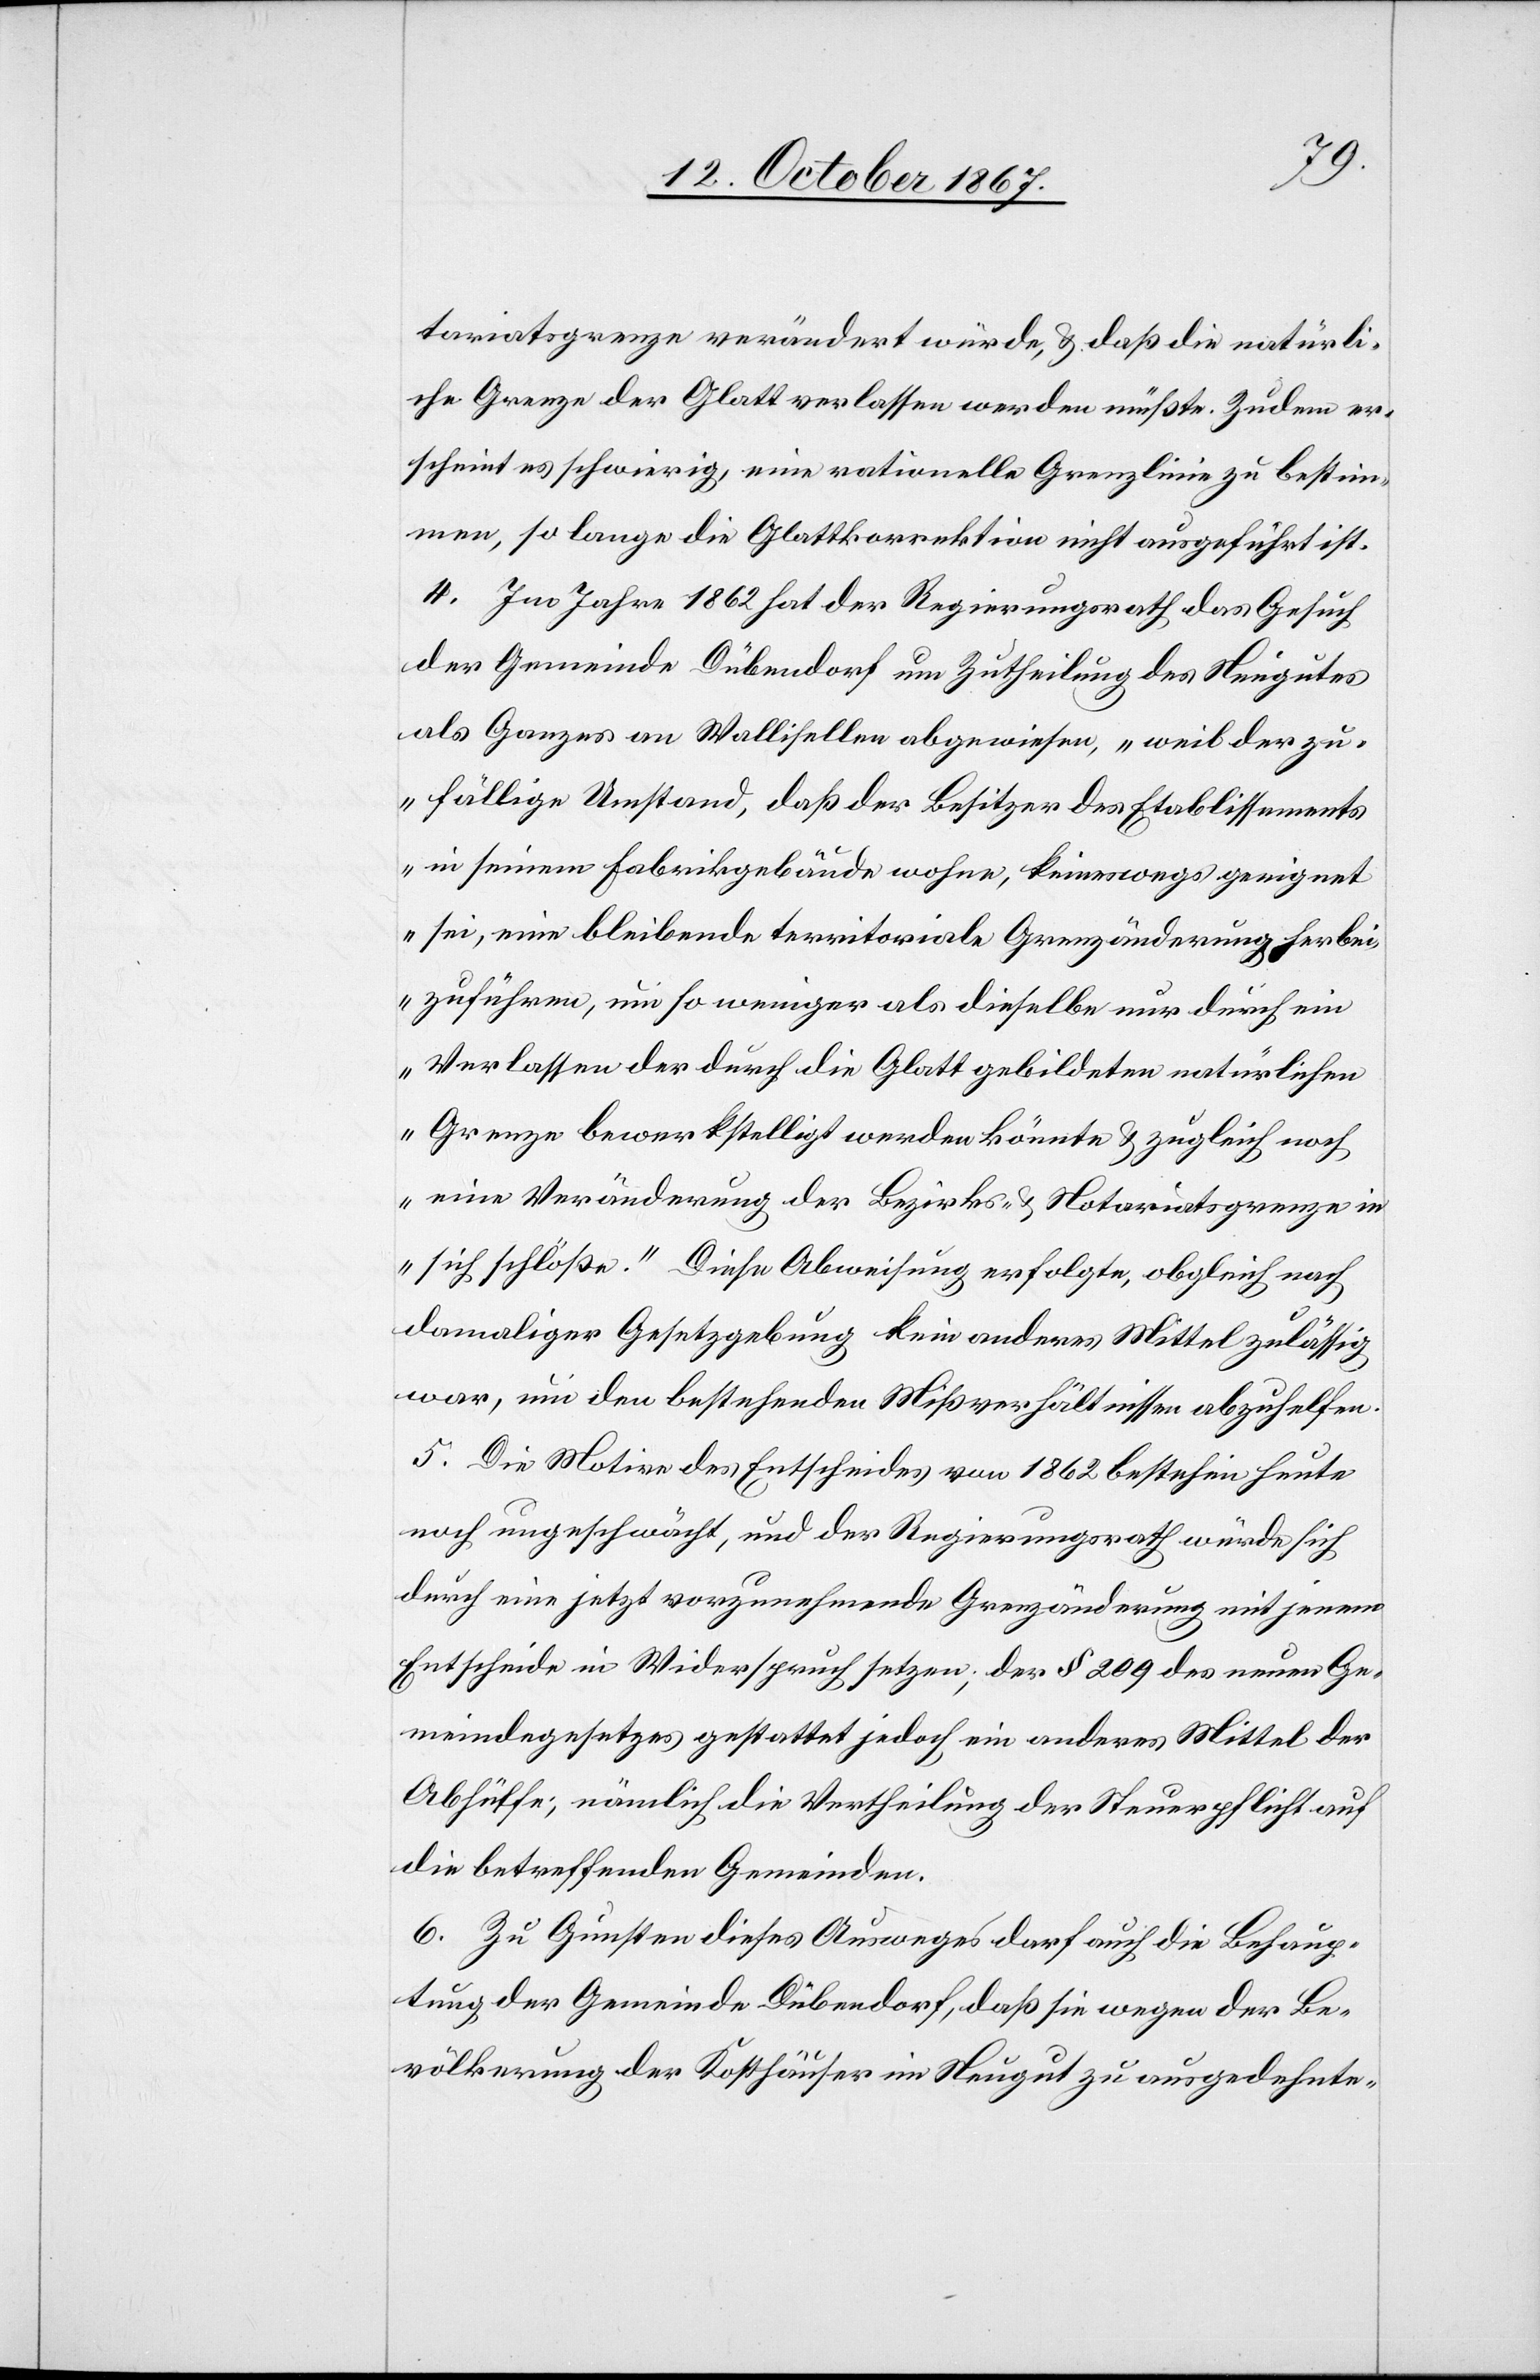
tariatsgrenze verändert würde, u. daß die natürli¬
che Grenze der Glatt verlassen werden müßte. Zudem er¬
scheint es schwierig, eine rationelle Grenzlinie zu bestim¬
men, so lange die Glattkorrektion nicht ausgeführt ist.
4. Im Jahre 1862 hat der Regierungsrath das Gesuch
der Gemeinde Dübendorf um Zutheilung des Neugutes
als Ganzes an Wallisellen abgewiesen, „weil der zu¬
fällige Umstand, daß der Besitzer des Etablissements
in seinem Fabrikgebäude wohne, keineswegs geeignet
sei, eine bleibende territoriale Grenzänderung herbei¬
zuführen, um so weniger als dieselbe nur durch ein
Verlassen der durch die Glatt gebildeten natürlichen
Grenze bewerkstelligt werden könnte u. zugleich noch
eine Veränderung der Bezirks- u. Notariatsgrenze in
sich schlöße.“ Diese Abweisung erfolgte, obgleich nach
damaliger Gesetzgebung kein anderes Mittel zulässig
war, um den bestehenden Mißverhältnissen abzuhelfen.
5. Die Motive des Entscheides von 1862 bestehen heute
noch ungeschwächt, und der Regierungsrath würde sich
durch eine jetzt vorzunehmende Grenzänderung mit jenem
Entscheide in Widerspruch setzen; der § 209 des neuen Ge¬
meindegesetzes gestattet jedoch, ein anderes Mittel der
Abhülfe; nämlich die Vertheilung der Steuerpflicht auf
die betreffenden Gemeinden.
6. Zu Gunsten dieses Ausweges darf auch die Behaup¬
tung der Gemeinde Dübendorf, daß sie wegen der Be¬
völkerung der Kosthäuser im Neugut zu ausgedehnte-